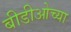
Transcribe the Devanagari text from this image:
बीडीओच्या